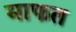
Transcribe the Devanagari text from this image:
माफत